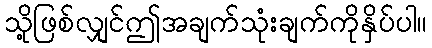
သို့ဖြစ်လျှင်ဤအချက်သုံးချက်ကိုနှိပ်ပါ။